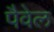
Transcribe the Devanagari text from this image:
पैवेल